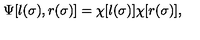
\Psi [ l ( \sigma ) , r ( \sigma ) ] = \chi [ l ( \sigma ) ] \chi [ r ( \sigma ) ] ,